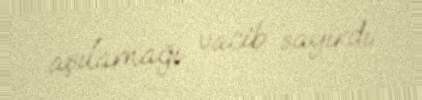
aşılamağı vacib sayırdı.